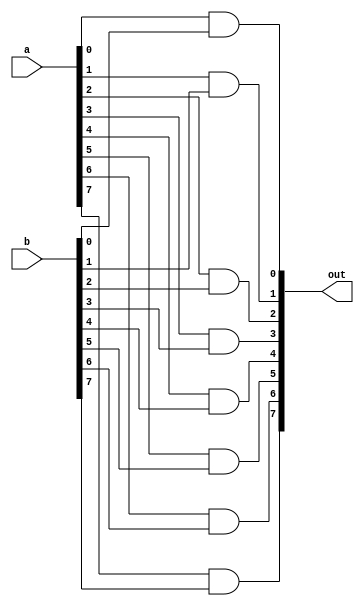
`timescale 1ns / 1ps
//////////////////////////////////////////////////////////////////////////////////
// Company: 
// Engineer: 
// 
// Design Name: 
// Module Name: nbit_and
// Project Name: 
// Target Devices: 
// Tool Versions: 
// Description: 
// 
// Dependencies: 
// 
// Revision:
// Revision 0.01 - File Created
// Additional Comments:
// 
//////////////////////////////////////////////////////////////////////////////////


module nbit_and(out,a,b);
    parameter n = 8;
    input [n-1:0] a;
    input [n-1:0] b;
    output [n-1:0] out;
    genvar i;
    
    generate
        for(i = 0; i < n; i = i + 1) begin
            and(out[i],a[i],b[i]); // store a & b and store in out
        end
    endgenerate
endmodule